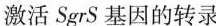
激活SgrS基因的转录